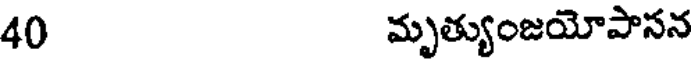
40 మృత్యుంజయోపాసన